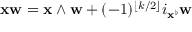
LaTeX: \mathbf { x w } = \mathbf { x } \wedge \mathbf { w } + ( - 1 ) ^ { \lfloor k / 2 \rfloor } i _ { \mathbf { x } ^ { \flat } } \mathbf { w }